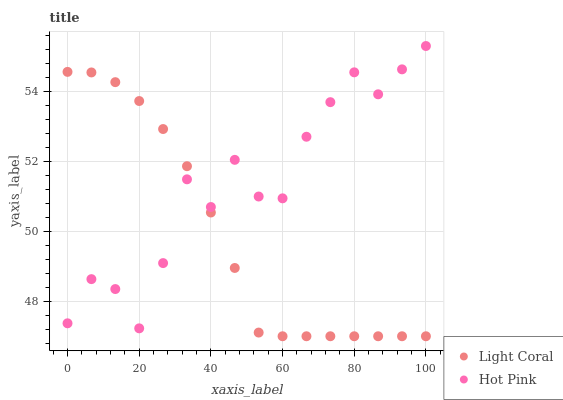
| xaxis_label | Light Coral | Hot Pink |
 | --- | --- | --- |
 | 0 | 54.6 | 47.4 |
 | 6.67 | 54.5 | 48.6 |
 | 13.3 | 54.3 | 48.3 |
 | 20 | 53.7 | 47.2 |
 | 26.7 | 52.9 | 49.1 |
 | 33.3 | 51.9 | 51.5 |
 | 40 | 50.5 | 50.7 |
 | 46.7 | 49 | 52 |
 | 53.3 | 47.1 | 51 |
 | 60 | 47 | 50.9 |
 | 66.7 | 47 | 52.7 |
 | 73.3 | 47 | 53.7 |
 | 80 | 47 | 54.5 |
 | 86.7 | 47 | 53.9 |
 | 93.3 | 47 | 54.6 |
 | 100 | 47 | 55.3 |